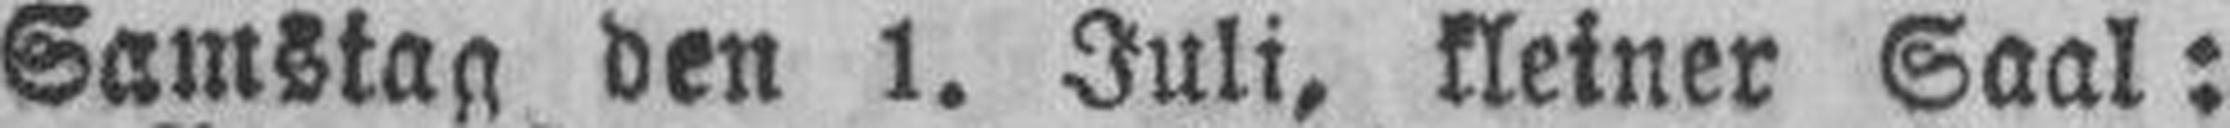
Samstag den 1. Juli, kleiner Saal: